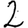
Digit: 2